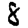
Digit: 8